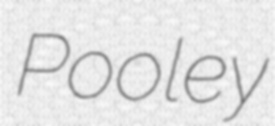
Pooley